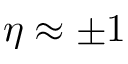
\eta \approx \pm 1